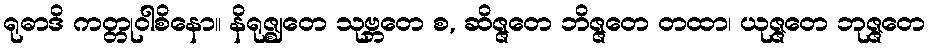
ရုဓာဒိ ကတ္တုဝါစိနော။ နိရုဇ္ဈတေ သုဗ္ဘတေ စ, ဆိဇ္ဇတေ ဘိဇ္ဇတေ တထာ၊ ယုဇ္ဇတေ ဘုဇ္ဇတေ